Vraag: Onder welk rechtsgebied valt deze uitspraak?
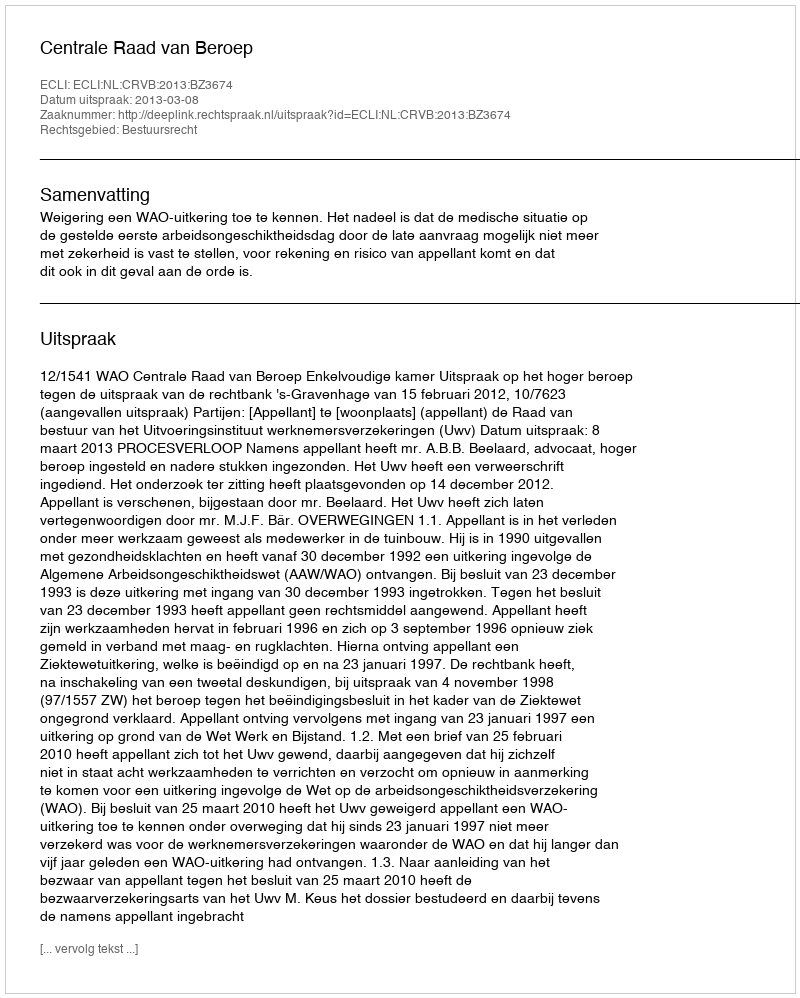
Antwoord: Bestuursrecht